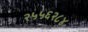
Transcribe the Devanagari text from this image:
२५५६२८४